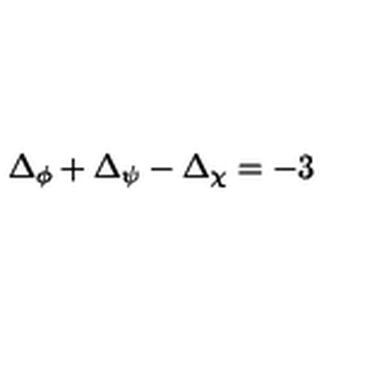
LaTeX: \Delta _ { \phi } + \Delta _ { \psi } - \Delta _ { \chi } = - 3